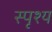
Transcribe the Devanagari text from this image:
स्पृश्‍य